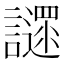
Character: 䜚